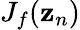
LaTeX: {J}_{f}({\mathbf z}_{n})